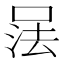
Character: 𰇹